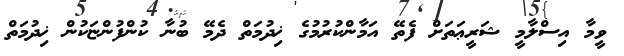
ވީމާ އިސްލާމީ ޝަރީޢަތަށް ފެތޭ އަމާންކުރުމުގެ ޚިދުމަތް ދެމޭ ބުނާ ކުންފުންޏަކުން ޚިދުމަތް